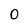
Character: 0